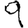
Digit: 9